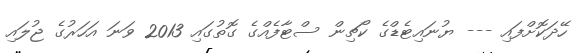
ހޭދަކޮށްފައި --- ޔުނައިޓެޑްގެ ކޯޗިން ސްޓާފެއްގެ ގޮތުގައި 2013 ވަނަ އަހަރުގެ ޖުލައި